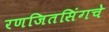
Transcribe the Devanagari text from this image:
रणजितसिंगचे